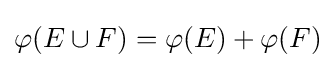
\varphi (E\cup F)=\varphi (E)+\varphi (F)